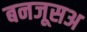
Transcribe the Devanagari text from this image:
बनजूसअ